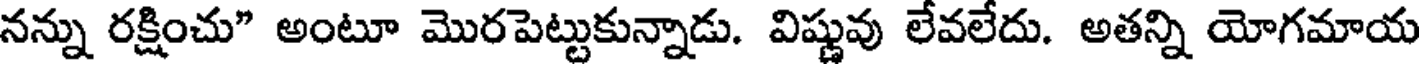
నన్ను రక్షించు" అంటూ మొరపెట్టుకున్నాడు. విష్ణువు లేవలేదు. అతన్ని యోగమాయ